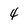
Character: 4